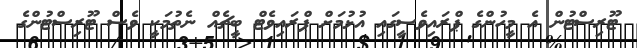
ޓޫރިސްޓުން އެ މީހުންގެ ޕްރައިވެސީގައި އުޅުމަށް ޕްރައިވެޓް ބީޗެއް ނެތުމަކީ ވެސް ޓޫރިސްޓުންގެ